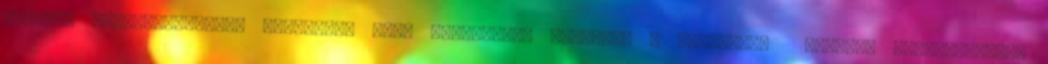
csoport előrehaladására vonatkozó éves pedagógiai tervezés A gyermekek tanulók értékeléséhez